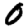
Digit: 0